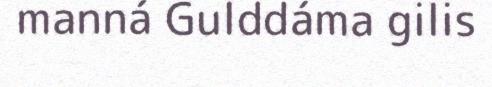
manná Gulddáma gilis